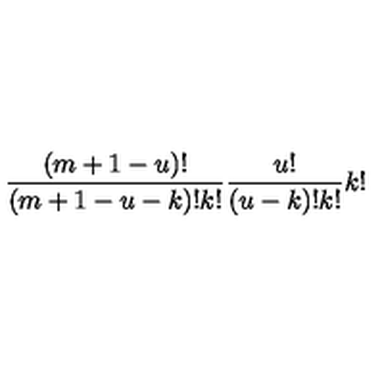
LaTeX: \frac { ( m + 1 - u ) ! } { ( m + 1 - u - k ) ! k ! } \frac { u ! } { ( u - k ) ! k ! } k !